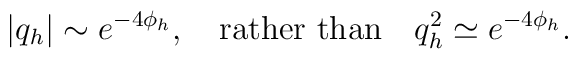
|q_{h}|\sim e^{-4\phi_{h}},\quad\hbox{rather than}\quad   q_{h}^2 \simeq e^{-4\phi_{h}}.